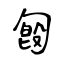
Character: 匓